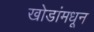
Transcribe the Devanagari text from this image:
खोडांमधून